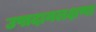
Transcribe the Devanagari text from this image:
उपादानलक्षणा